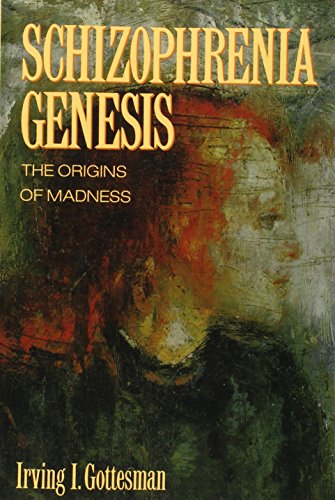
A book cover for Schizophrenia Genesis: The Origins of Madness (Series of Books in Psychology); Irving I. Gottesman; Health, Fitness & Dieting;